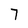
Character: 7